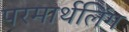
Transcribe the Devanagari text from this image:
परमार्थलिंग